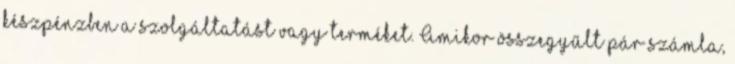
készpénzben a szolgáltatást vagy terméket. Amikor összegyűlt pár számla,